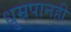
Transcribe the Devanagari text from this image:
धुम्रपानही